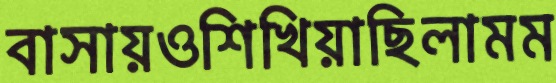
বাসায়ওশিখিয়াছিলামম